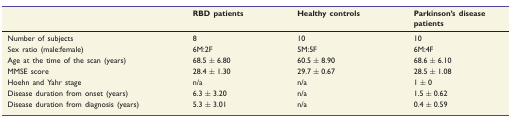
<table><thead><tr><td></td><td><b>RBD patients</b></td><td><b>Healthy controls</b></td><td><b>Parkinson’s disease patients</b></td></tr></thead><tbody><tr><td>Number of subjects</td><td>8</td><td>10</td><td>10</td></tr><tr><td>Sex ratio (male:female)</td><td>6M:2F</td><td>5M:5F</td><td>6M:4F</td></tr><tr><td>Age at the time of the scan (years)</td><td>68.5 ± 6.80</td><td>60.5 ± 8.90</td><td>68.6 ± 6.10</td></tr><tr><td>MMSE score</td><td>28.4 ± 1.30</td><td>29.7 ± 0.67</td><td>28.5 ± 1.08</td></tr><tr><td>Hoehn and Yahr stage</td><td>n/a</td><td>n/a</td><td>1 ± 0</td></tr><tr><td>Disease duration from onset (years)</td><td>6.3 ± 3.20</td><td>n/a</td><td>1.5 ± 0.62</td></tr><tr><td>Disease duration from diagnosis (years)</td><td>5.3 ± 3.01</td><td>n/a</td><td>0.4 ± 0.59</td></tr></tbody></table>